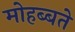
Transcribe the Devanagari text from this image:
मोहब्बते